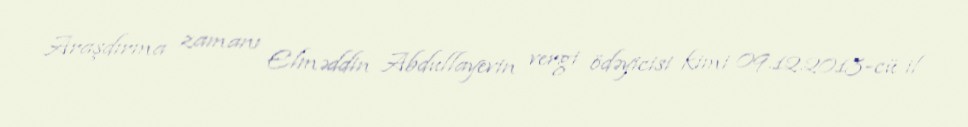
Araşdırma zamanı Elməddin Abdullayevin vergi ödəyicisi kimi 09.12.2013-cü il